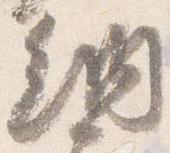
納